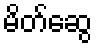
မိတ်ဆွေ